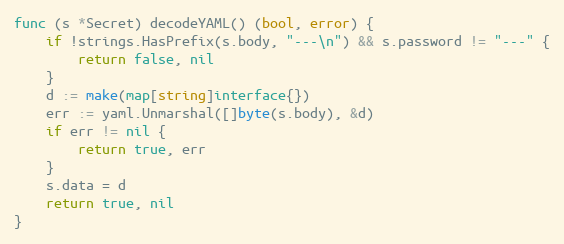
Language: Go
func (s *Secret) decodeYAML() (bool, error) {
	if !strings.HasPrefix(s.body, "---\n") && s.password != "---" {
		return false, nil
	}
	d := make(map[string]interface{})
	err := yaml.Unmarshal([]byte(s.body), &d)
	if err != nil {
		return true, err
	}
	s.data = d
	return true, nil
}